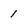
Character: 1